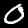
Digit: 0